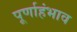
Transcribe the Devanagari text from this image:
पूर्णाहंभाव